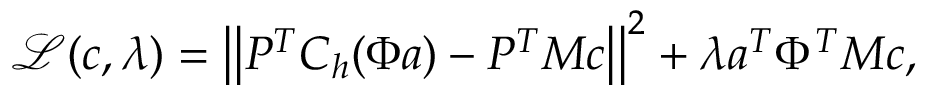
\mathcal { L } ( \boldsymbol { c } , \lambda ) = \left| \left| P ^ { T } C _ { h } ( \Phi \boldsymbol { a } ) - P ^ { T } M \boldsymbol { c } \right| \right| ^ { 2 } + \lambda \boldsymbol { a } ^ { T } \Phi ^ { T } M \boldsymbol { c } ,